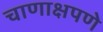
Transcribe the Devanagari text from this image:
चाणाक्षपणे